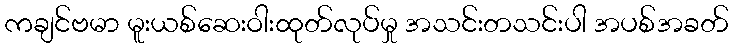
ကချင်ဗမာ မူးယစ်ဆေးဝါးထုတ်လုပ်မှု အသင်းတသင်းပါ အပစ်အခတ်